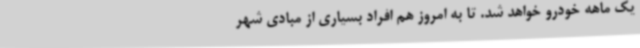
یک ماهه خودرو خواهد شد. تا به امروز هم افراد بسیاری از مبادی شهر